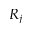
R _ { j }